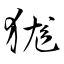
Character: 狵